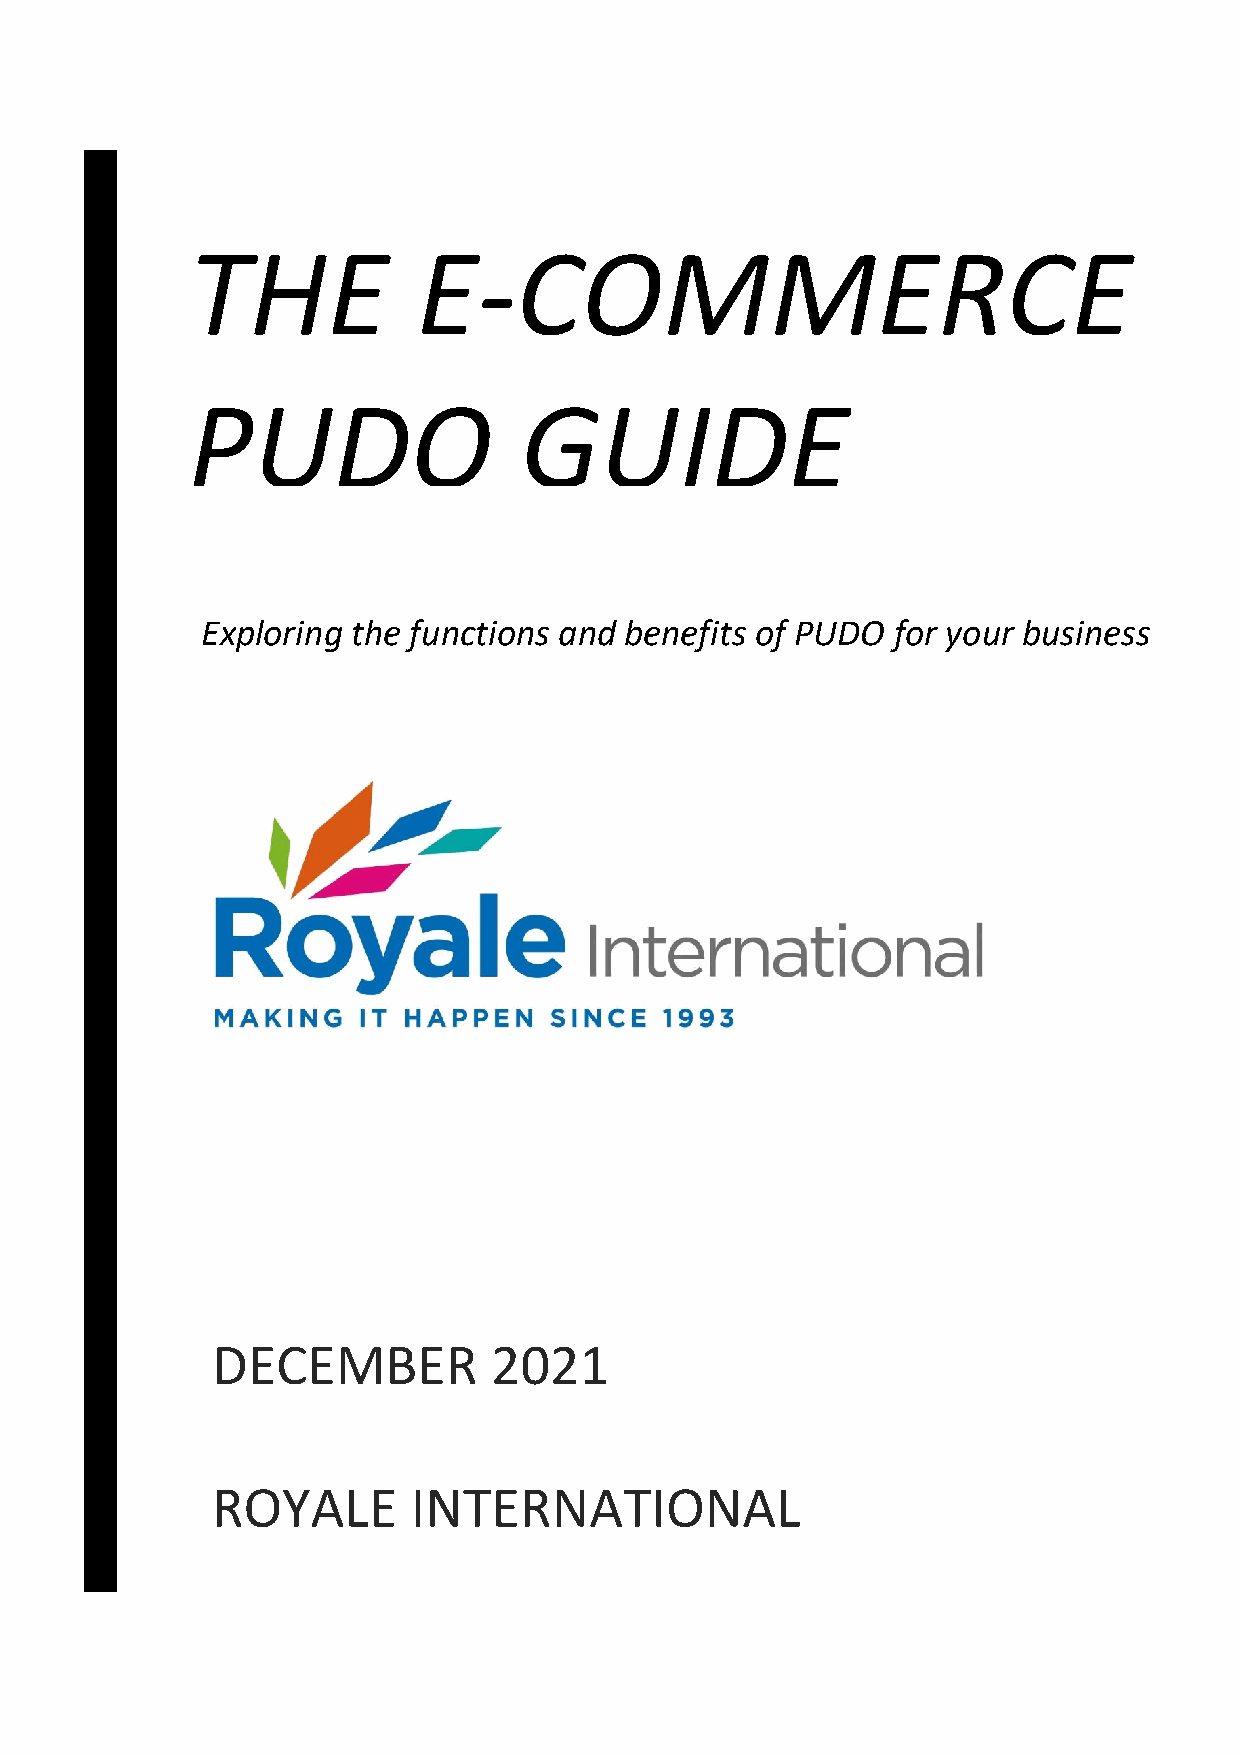
THE             E-COMMERCE
 PUDO                  GUIDE
 Exploring the functions and benefits of PUDO  for your business
 DECEMBER          2021
 ROYALE       INTERNATIONAL